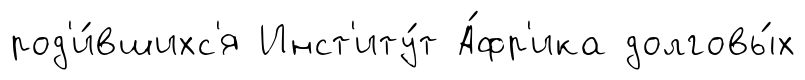
род'и́вшихс'я Инст'иту́т А́фр'ика долговы́х